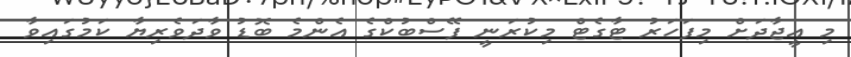
މި އީޖާދަށް މިފަހަރު ޓާގެޓް މިކުރަނީ ފޭސްބުކްގެ އެންމެ ބޮޑު ވާދަވެރިޔާ ކަމުގައިވާ